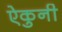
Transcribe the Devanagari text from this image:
ऐकुनी